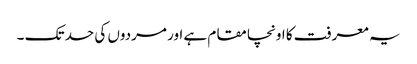
یہ معرفت کا اونچا مقام ہے اور مردوں کی حد تک ۔